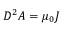
D ^ { 2 } A = \mu _ { 0 } J